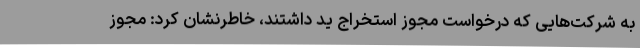
به شرکت‌هایی که درخواست مجوز استخراج ید داشتند، خاطرنشان کرد: مجوز